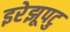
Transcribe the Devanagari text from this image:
इरेझूपटु